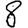
Digit: 8